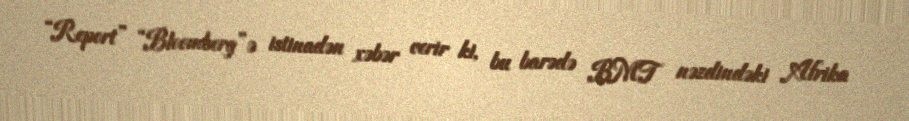
“Report” “Bloomberg”ə istinadən xəbər verir ki, bu barədə BMT nəzdindəki Afrika